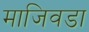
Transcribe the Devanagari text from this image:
माजिवडा